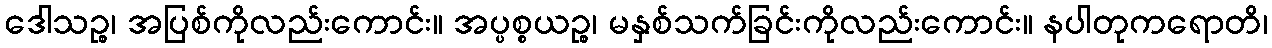
ဒေါသဉ္စ၊ အပြစ်ကိုလည်းကောင်း။ အပ္ပစ္စယဉ္စ၊ မနှစ်သက်ခြင်းကိုလည်းကောင်း။ နပါတုကရောတိ၊